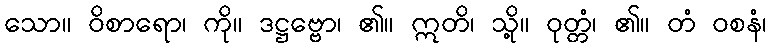
သော။ ဝိစာရော၊ ကို။ ဒဋ္ဌဗ္ဗော၊ ၏။ ဣတိ၊ သို့။ ဝုတ္တံ၊ ၏။ တံ ဝစနံ၊